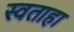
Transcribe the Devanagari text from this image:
स्वताहा